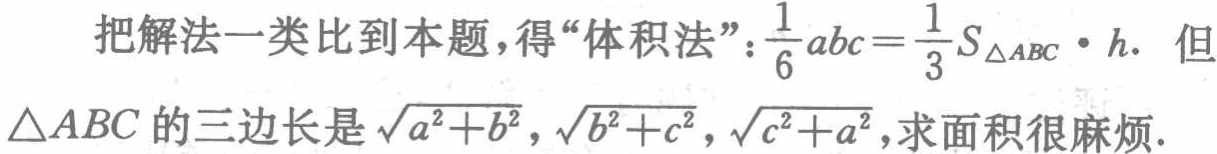
把解法一类比到本题，得“体积法”：\(\frac{1}{6}abc = \frac{1}{3}S_{\triangle ABC} \cdot h\). 但
\(\triangle ABC\) 的三边长是\(\sqrt{a^{2}+b^{2}},\sqrt{b^{2}+c^{2}},\sqrt{c^{2}+a^{2}}\)，求面积很麻烦.